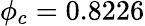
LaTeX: \phi_{c}=0.8226